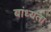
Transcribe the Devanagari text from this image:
बांध्यता